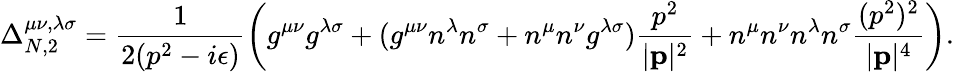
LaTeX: \Delta_{N,2}^{\mu\nu,\lambda\sigma}=\frac{1}{2(p^{2}-i\epsilon)}\left(g^{\mu\nu}g^{\lambda\sigma}+(g^{\mu\nu}n^{\lambda}n^{\sigma}+n^{\mu}n^{\nu}g^{\lambda\sigma})\frac{p^{2}}{|{\mathbf p}|^{2}}+n^{\mu}n^{\nu}n^{\lambda}n^{\sigma}\frac{(p^{2})^{2}}{|{\mathbf p}|^{4}}\right).